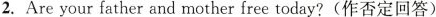
2.Are your father and mother free today?(作否定回答)